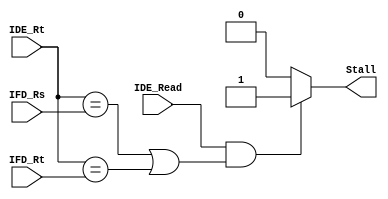
`timescale 1ns / 1ps

module Stall_Unit(
    input IDE_Read,
    input [4:0] IDE_Rt,
    input [4:0] IFD_Rs,
    input [4:0] IFD_Rt,
    output reg Stall
);

always @(IDE_Read, IDE_Rt, IFD_Rs, IFD_Rt) begin
    if(IDE_Read == 1 && (IDE_Rt == IFD_Rs || IDE_Rt == IFD_Rt) ) Stall = 1;
    else Stall = 0;
end

endmodule